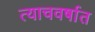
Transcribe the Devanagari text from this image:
त्याचवर्षात